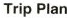
Trip Plan